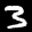
Label: 3